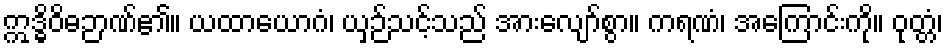
ဣဒ္ဓိဝိဓဉာဏ်၏။ ယထာယောဂံ၊ ယှဉ်သင့်သည် အားလျော်စွာ။ ကရဏံ၊ အကြောင်းကို။ ဝုတ္တံ၊